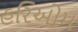
હરિઓમ